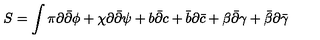
S = \int \pi \partial { \bar { \partial } } \phi + \chi \partial { \bar { \partial } } \psi + b { \bar { \partial } } c + { \bar { b } } \partial { \bar { c } } + \beta { \bar { \partial } } \gamma + { \bar { \beta } } \partial { \bar { \gamma } }